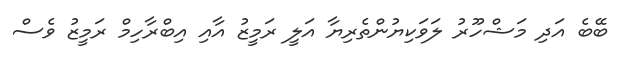
ބޭބެ އަދި މަޝްހޫރު ލަވަކިޔުންތެރިޔާ އަލީ ރަމީޒު އާއި އިބްރާހިމް ރަމީޒު ވެސް